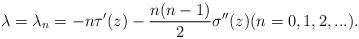
LaTeX: \begin{align*}\lambda=\lambda_{n}=-n\tau'(z)-\frac{n(n-1)}{2}\sigma''(z) (n=0,1,2,...).\end{align*}